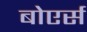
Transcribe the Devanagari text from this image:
बोएर्स